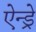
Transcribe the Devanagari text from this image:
ऐन्ड्रे